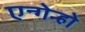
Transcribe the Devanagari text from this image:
एन्गेन्हो